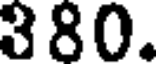
380.